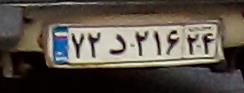
۷۲د۲۱۶۲۴